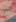
لو